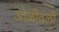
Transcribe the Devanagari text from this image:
ओळीतली